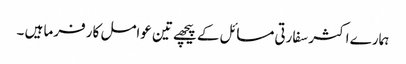
ہمارے اکثر سفارتی مسائل کے پیچھے تین عوامل کار فرما ہیں ۔